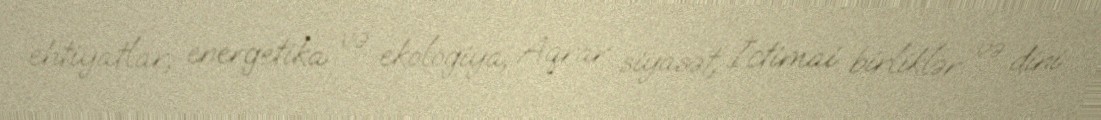
ehtiyatlar, energetika və ekologiya, Aqrar siyasət, İctimai birliklər və dini